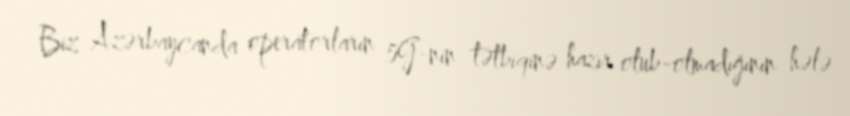
Biz Azərbaycanda operatorların 5G-nin tətbiqinə hazır olub-olmadığının hələ